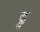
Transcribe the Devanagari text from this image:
द्रु